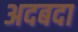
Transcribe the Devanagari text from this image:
अदबदा